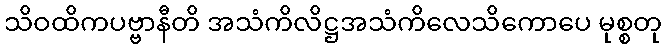
သိဝထိကပဗ္ဗာနီတိ အသံကိလိဋ္ဌအသံကိလေသိကောပေ မုစ္စတု